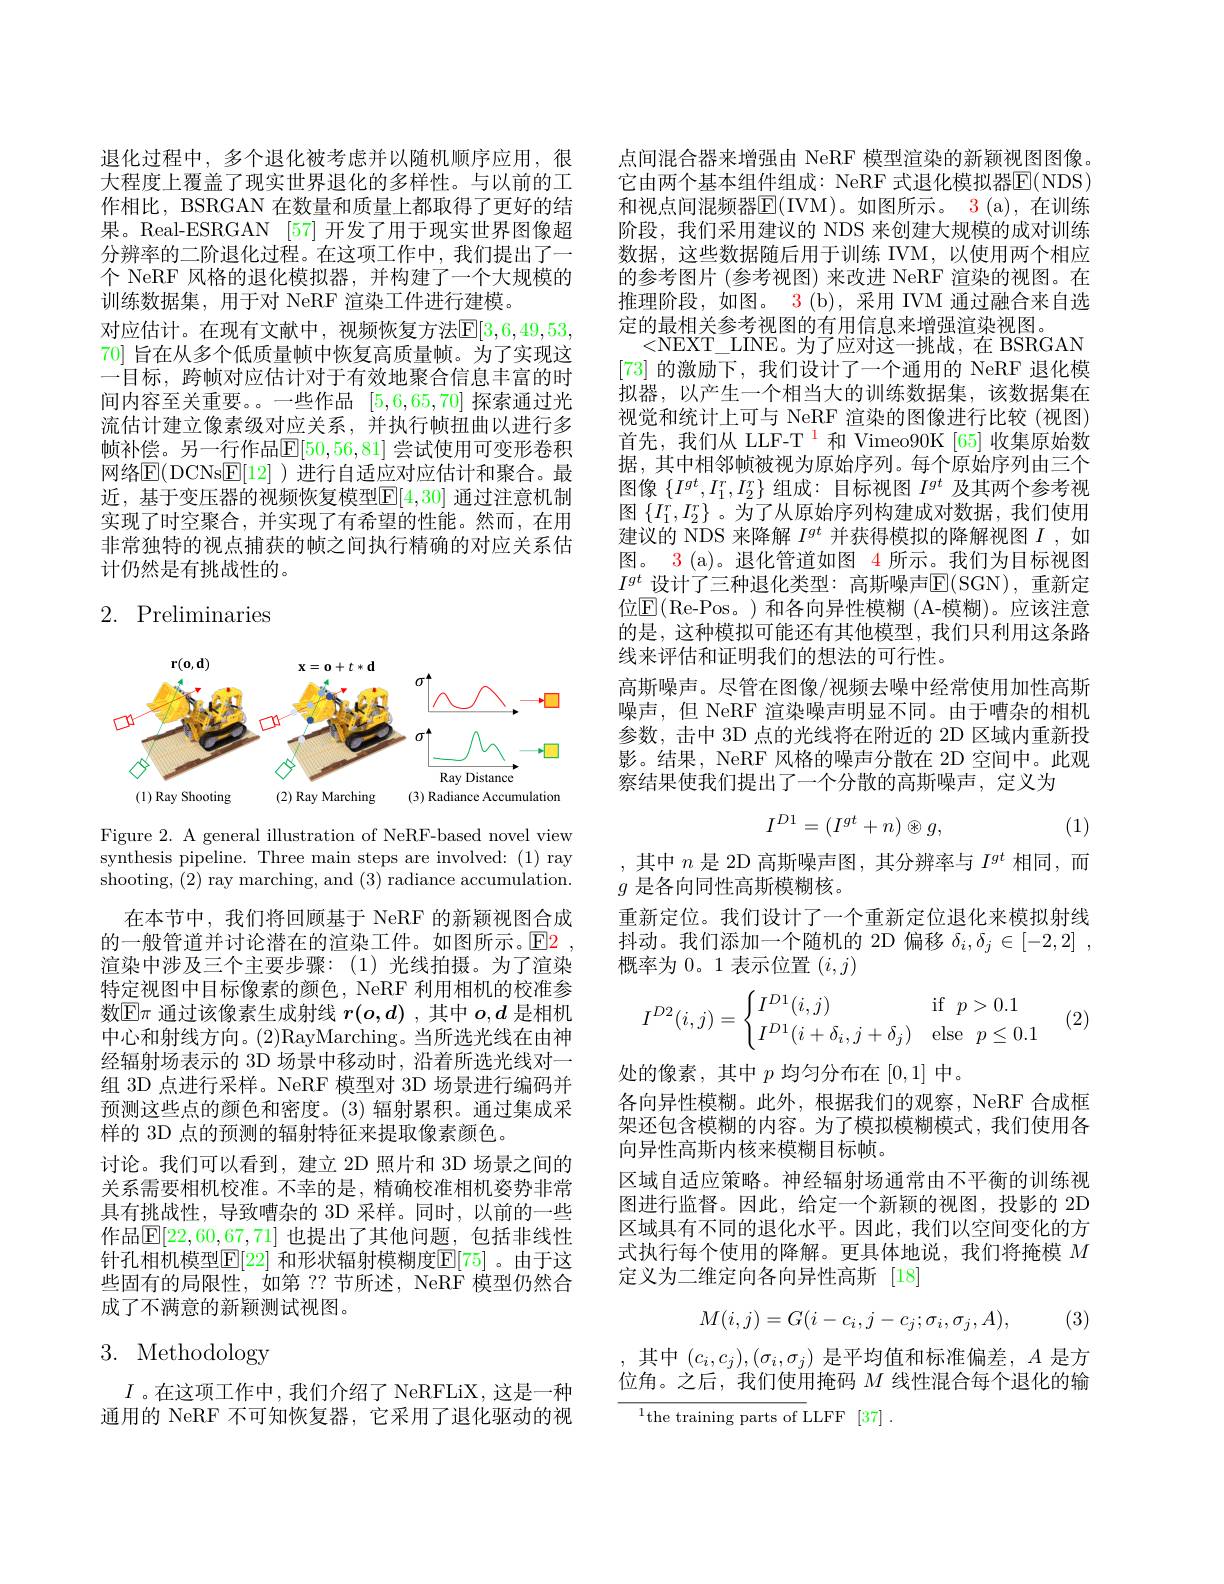
退化过程中，多个退化被考虑并以随机顺序应用，很大程度上覆盖了现实世界退化的多样性。与以前的工作相比，BSRGAN 在数量和质量上都取得了更好的结果。Real-ESRGAN [57]开发了用于现实世界图像超分辨率的二阶退化过程。在这项工作中，我们提出了一个 NeRF 风格的退化模拟器，并构建了一个大规模的训练数据集，用于对 NeRF 渲染工件进行建模。
对应估计。在现有文献中，视频恢复方法$\mathbb{E}[3,6,49,53$, 70] 旨在从多个低质量帧中恢复高质量帧。为了实现这一目标，跨帧对应估计对于有效地聚合信息丰富的时间内容至关重要。一些作品[5,6,65,70]探索通过光流估计建立像素级对应关系，并执行帧扭曲以进行多帧补偿。另一行作品$\mathbb{E}[50,56,81]$ 尝试使用可变形卷积网络$\overline{\mathrm{E}}($DCNs$\underline{\mathrm{E}}[12]$ )进行自适应对应估计和聚合。最近，基于变压器的视频恢复模型$\overline{\mathbb{E}}[4,30]$ 通过注意机制实现了时空聚合，并实现了有希望的性能。然而，在用非常独特的视点捕获的帧之间执行精确的对应关系估计仍然是有挑战性的。

## 2. Preliminaries

<FigureHere>

Figure 2. A general illustration of NeRF-based novel view synthesis pipeline. Three main steps are involved: (1) ray shooting, (2) ray marching, and (3) radiance accumulation.

在本节中，我们将回顾基于 NeRF 的新颖视图合成的一般管道并讨论潜在的渲染工件。如图所示。$\color{red}{\mathrm{E}}\color{blue}{\mathrm{E}}\color{red}{\mathrm{E}}\color{red}{\mathrm{E}}\color{red}{\mathrm{E}}$ 渲染中涉及三个主要步骤：(1)光线拍摄。为了渲染特定视图中目标像素的颜色，NeRF 利用相机的校准参数$\mathbb{E}\pi$通过该像素生成射线$r(o,d)$ ,其中$o,d$是相机中心和射线方向。(2)RayMarching。当所选光线在由神经辐射场表示的 3D 场景中移动时，沿着所选光线对一组 3D 点进行采样。NeRF 模型对 3D 场景进行编码并预测这些点的颜色和密度。(3) 辐射累积。通过集成采样的 3D 点的预测的辐射特征来提取像素颜色。
讨论。我们可以看到，建立 2D 照片和 3D 场景之间的关系需要相机校准。不幸的是，精确校准相机姿势非常具有挑战性，导致嘈杂的 3D 采样。同时，以前的一些作品$\mathbb{E}[22,60,67,71]$ 也提出了其他问题，包括非线性针孔相机模型$\mathbb{E}[22]$ 和形状辐射模糊度$\mathbb{E}[75]$。由于这些固有的局限性，如第 ?? 节所述，NeRF 模型仍然合成了不满意的新颖测试视图。

# 3. Methodology

$I$ 。在这项工作中，我们介绍了 NeRFLiX, 这是一种通用的 NeRF 不可知恢复器，它采用了退化驱动的视

点间混合器来增强由 NeRF 模型渲染的新颖视图图像。它由两个基本组件组成：NeRF 式退化模拟器E( NDS) 和视点间混频器E( IVM) 。如 图 所 示 。3( a) , 在 训 练 阶段，我们采用建议的 NDS 来创建大规模的成对训练数据，这些数据随后用于训练 IVM,以使用两个相应的参考图片 (参考视图) 来改进 NeRF 渲染的视图。在推理阶段，如图。3(b),采用 IVM 通过融合来自选定的最相关参考视图的有用信息来增强渲染视图。
<NEXT\_LINE。为了应对这一挑战，在 BSRGAN [73]的激励下，我们设计了一个通用的 NeRF 退化模拟器，以产生一个相当大的训练数据集，该数据集在视觉和统计上可与 NeRF 渲染的图像进行比较(视图) 首先，我们从 LLF-T $^{1}$和 Vimeo90K[65]收集原始数据，其中相邻帧被视为原始序列。每个原始序列由三个图像$\{I^gt,I_1^r,I_2^r\}$组成：目标视图$I^{gt}$及其两个参考视图$\{I_1^r,I_2^r\}$ 。为了从原始序列构建成对数据，我们使用建议的 NDS 来降解$I^{gt}$并获得模拟的降解视图$I$ ,如图。3 (a)。退化管道如图 4 所示。我们为目标视图$I^{gt}\_$设计了三种退化类型：高斯噪声$\mathbb{E}($SGN),重新定位$\operatorname{E}($Re-Pos。)和各向异性模糊 (A-模糊)。应该注意的是，这种模拟可能还有其他模型，我们只利用这条路线来评估和证明我们的想法的可行性。
高斯噪声。尽管在图像/视频去噪中经常使用加性高斯噪声，但 NeRF 渲染噪声明显不同。由于嘈杂的相机参数，击中 3D 点的光线将在附近的 2D 区域内重新投影。结果，NeRF 风格的噪声分散在 2D 空间中。此观察结果使我们提出了一个分散的高斯噪声，定义为
$$I^{D1}=(I^{gt}+n)\circledast g,$$
(1)

,其中$n$是 2D 高斯噪声图，其分辨率与$I^{gt}$相同，而
$g$是各向同性高斯模糊核。
重新定位。我们设计了一个重新定位退化来模拟射线抖动。我们添加一个随机的 2D 偏移$\delta _i, \delta _j\in [ - 2, 2]$ , 概率为 0。1 表示位置$(i,j)$
$$I^{D2}(i,j)=\begin{cases}I^{D1}(i,j)&\text{if}\:p>0.1\\I^{D1}(i+\delta_i,j+\delta_j)&\text{else}\:p\leq0.1\end{cases}$$
(2)

处的像素，其中$p$均匀分布在[0,1]中。
各向异性模糊。此外，根据我们的观察，NeRF 合成框架还包含模糊的内容。为了模拟模糊模式，我们使用各向异性高斯内核来模糊目标帧。
区域自适应策略。神经辐射场通常由不平衡的训练视图进行监督。因此，给定一个新颖的视图，投影的 2D 区域具有不同的退化水平。因此，我们以空间变化的方式执行每个使用的降解。更具体地说，我们将掩模$M$ 定义为二维定向各向异性高斯 [18]
$$M(i,j)=G(i-c_i,j-c_j;\sigma_i,\sigma_j,A),$$
(3)

,其中$(c_i,c_j),(\sigma_i,\sigma_j)$ 是平均值和标准偏差$,A$ 是方位角。之后，我们使用掩码$M$线性混合每个退化的输$^{1}$the training parts of LLFF [37] .